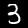
Digit: 3